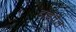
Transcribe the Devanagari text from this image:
टार्डवेल